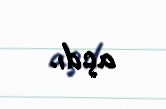
açdı.